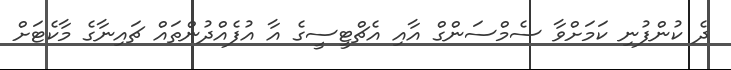
ދެ ކުންފުނި ކަމަށްވާ ސެމްސަންގް އާއި އެޗްޓީސީގެ އާ އުފެއްދުންތައް ޗައިނާގެ މާކެޓަށް